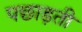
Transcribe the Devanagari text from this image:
पछाड़ती